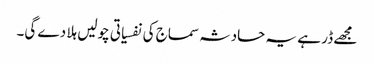
مجھے ڈر ہے یہ حادثہ سماج کی نفسیاتی چولیں ہلا دے گی۔